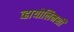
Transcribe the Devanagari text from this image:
व्हायोलिनशी